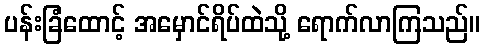
ပန်းခြံထောင့် အမှောင်ရိပ်ထဲသို့ ရောက်လာကြသည်။